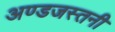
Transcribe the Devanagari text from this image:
अण्डजस्तनी